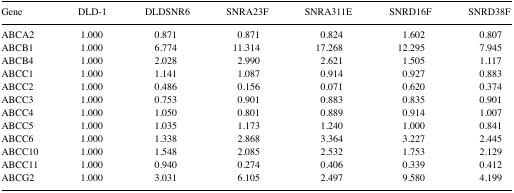
| Gene | DLD-1 | DLDSNR6 | SNRA23F | SNRA311E | SNRD16F | SNRD38F |
 | --- | --- | --- | --- | --- | --- | --- |
 | ABCA2 | 1.000 | 0.871 | 0.871 | 0.824 | 1.602 | 0.807 |
 | ABCB1 | 1.000 | 6.774 | 11.314 | 17.268 | 12.295 | 7.945 |
 | ABCB4 | 1.000 | 2.028 | 2.990 | 2.621 | 1.505 | 1.117 |
 | ABCC1 | 1.000 | 1.141 | 1.087 | 0.914 | 0.927 | 0.883 |
 | ABCC2 | 1.000 | 0.486 | 0.156 | 0.071 | 0.620 | 0.374 |
 | ABCC3 | 1.000 | 0.753 | 0.901 | 0.883 | 0.835 | 0.901 |
 | ABCC4 | 1.000 | 1.050 | 0.801 | 0.889 | 0.914 | 1.007 |
 | ABCC5 | 1.000 | 1.035 | 1.173 | 1.240 | 1.000 | 0.841 |
 | ABCC6 | 1.000 | 1.338 | 2.868 | 3.364 | 3.227 | 2.445 |
 | ABCC10 | 1.000 | 1.548 | 2.085 | 2.532 | 1.753 | 2.129 |
 | ABCC11 | 1.000 | 0.940 | 0.274 | 0.406 | 0.339 | 0.412 |
 | ABCG2 | 1.000 | 3.031 | 6.105 | 2.497 | 9.580 | 4.199 |